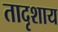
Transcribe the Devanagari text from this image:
तादृशाय